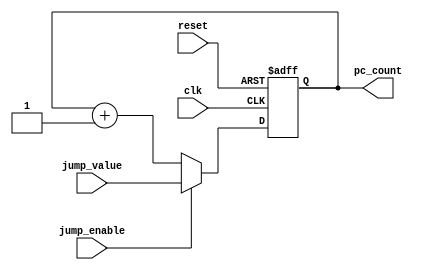
module pc #(parameter PC_COUNT_WIDTH = 6)
           (clk,
            reset,
            jump_enable,
            jump_value,
            pc_count);
    input clk, reset, jump_enable;
    input [PC_COUNT_WIDTH - 1:0] jump_value;
    
    output reg [PC_COUNT_WIDTH - 1:0] pc_count;
    
    initial begin
        pc_count = 0;
    end
    
    always@ (posedge clk or posedge reset) begin
        if (reset)
            pc_count = 0;
        else begin
            if (jump_enable)
                pc_count = jump_value;
            else
                pc_count = pc_count + 1;
        end
    end
endmodule